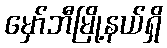
မှော်ဘီမြို့နယ်ရှိ